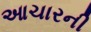
આચારની